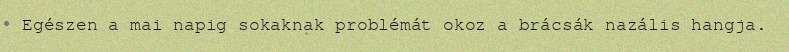
Egészen a mai napig sokaknak problémát okoz a brácsák nazális hangja.